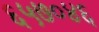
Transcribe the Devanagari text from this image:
६५७०४६